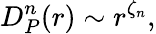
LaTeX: D_{P}^{n}(r)\sim r^{\zeta_{n}},